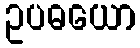
ဥပဓယော